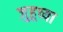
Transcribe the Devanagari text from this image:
जुहूच्या